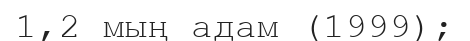
1,2 мың адам (1999);